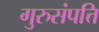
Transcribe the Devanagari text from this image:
गुरुसंपत्ति